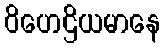
ဝိဟေဌိယမာနေ